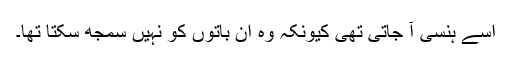
اسے ہنسی آ جاتی تھی کیونکہ وہ ان باتوں کو نہیں سمجھ سکتا تھا۔